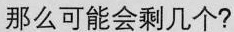
那么可能会剩几个?